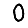
Digit: 0